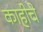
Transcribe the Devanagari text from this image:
काहीचे